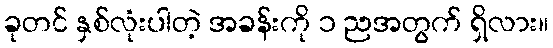
ခုတင် နှစ်လုံးပါတဲ့ အခန်းကို ၁ ညအတွက် ရှိလား။